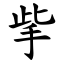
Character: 㧘